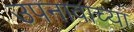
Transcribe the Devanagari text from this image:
उपनावाच्या